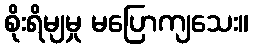
စိုးရိမျမှု မပြောကျသေး။